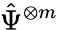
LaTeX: {\hat{\Psi}}^{\otimes m}